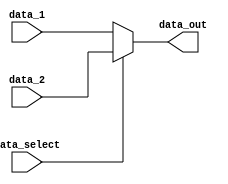
module data_select_mux(
	input data_select,
	input [31:0] data_1,
	input [31:0] data_2,
	output [31:0] data_out);

	assign data_out = data_select ? data_2 : data_1;

endmodule // data_select_mux